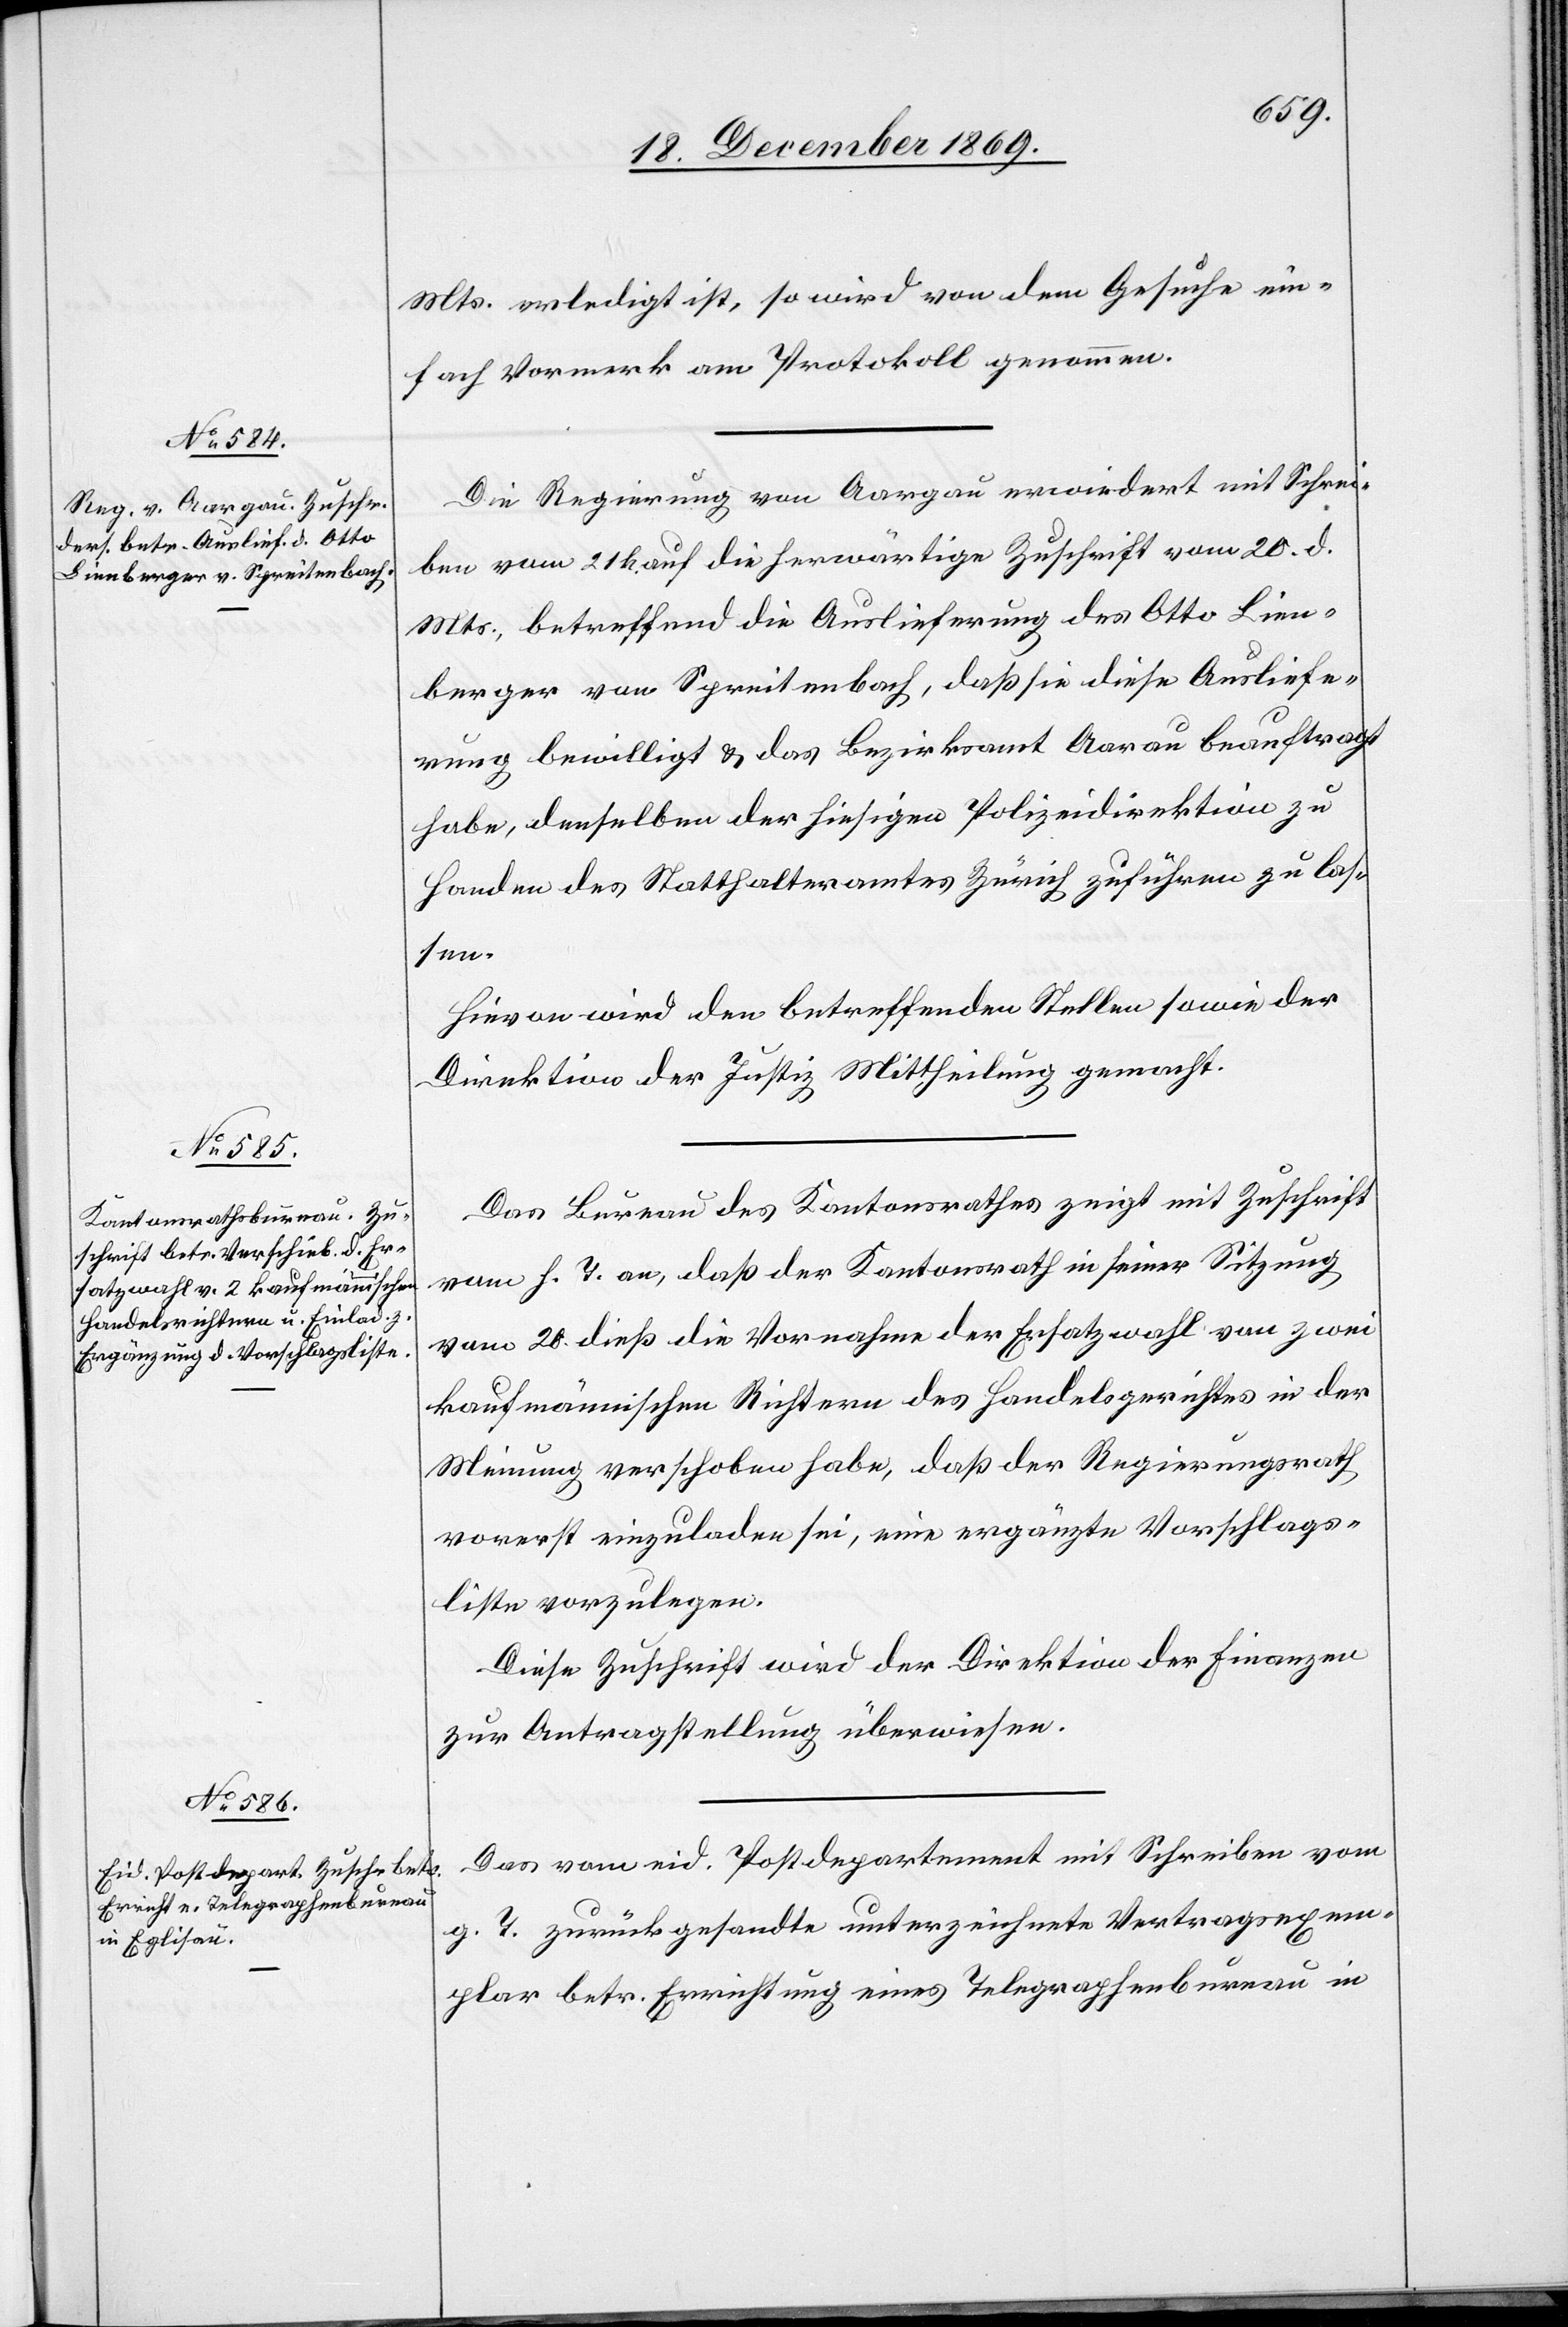
23. December 1869.]
Mts. erledigt ist, so wird von dem Gesuche ein¬
fach Vormerk am Protokoll genommen.
Die Regierung von Aargau erwiedert mit Schrei¬
ben vom 21 h. auf die herwärtige Zuschrift vom 20. d.
Mts., betreffend die Auslieferung des Otto Lien¬
berger von Spreitenbach, daß sie diese Ausliefe¬
rung bewilligt & das Bezirksamt Aarau beauftragt
habe, denselben der hiesigen Polizeidirektion zu
Handen des Statthalteramtes Zürich zuführen zu las¬
sen.
Hievon wird den betreffenden Stellen sowie der
Direktion der Justiz Mittheilung gemacht.
Das Bureau des Kantonsrathes zeigt mit Zuschrift
vom h. T. an, daß der Kantonsrath in seiner Sitzung
vom 20. dieß die Vornahme der Ersatzwahl von zwei
kaufmännischen Richtern des Handelsgerichtes in der
Meinung verschoben habe, daß der Regierungsrath
vorerst einzuladen sei, eine ergänzte Vorschlags¬
liste vorzulegen.
Diese Zuschrift wird der Direktion der Finanzen
zur Antragstellung überwiesen.
Das vom eid. Postdepartement mit Schreiben vom
g. T. zurückgesandte unterzeichnete Vertragsexem¬
plar betr. Errichtung eines Telegraphenbureau in